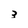
Character: 3